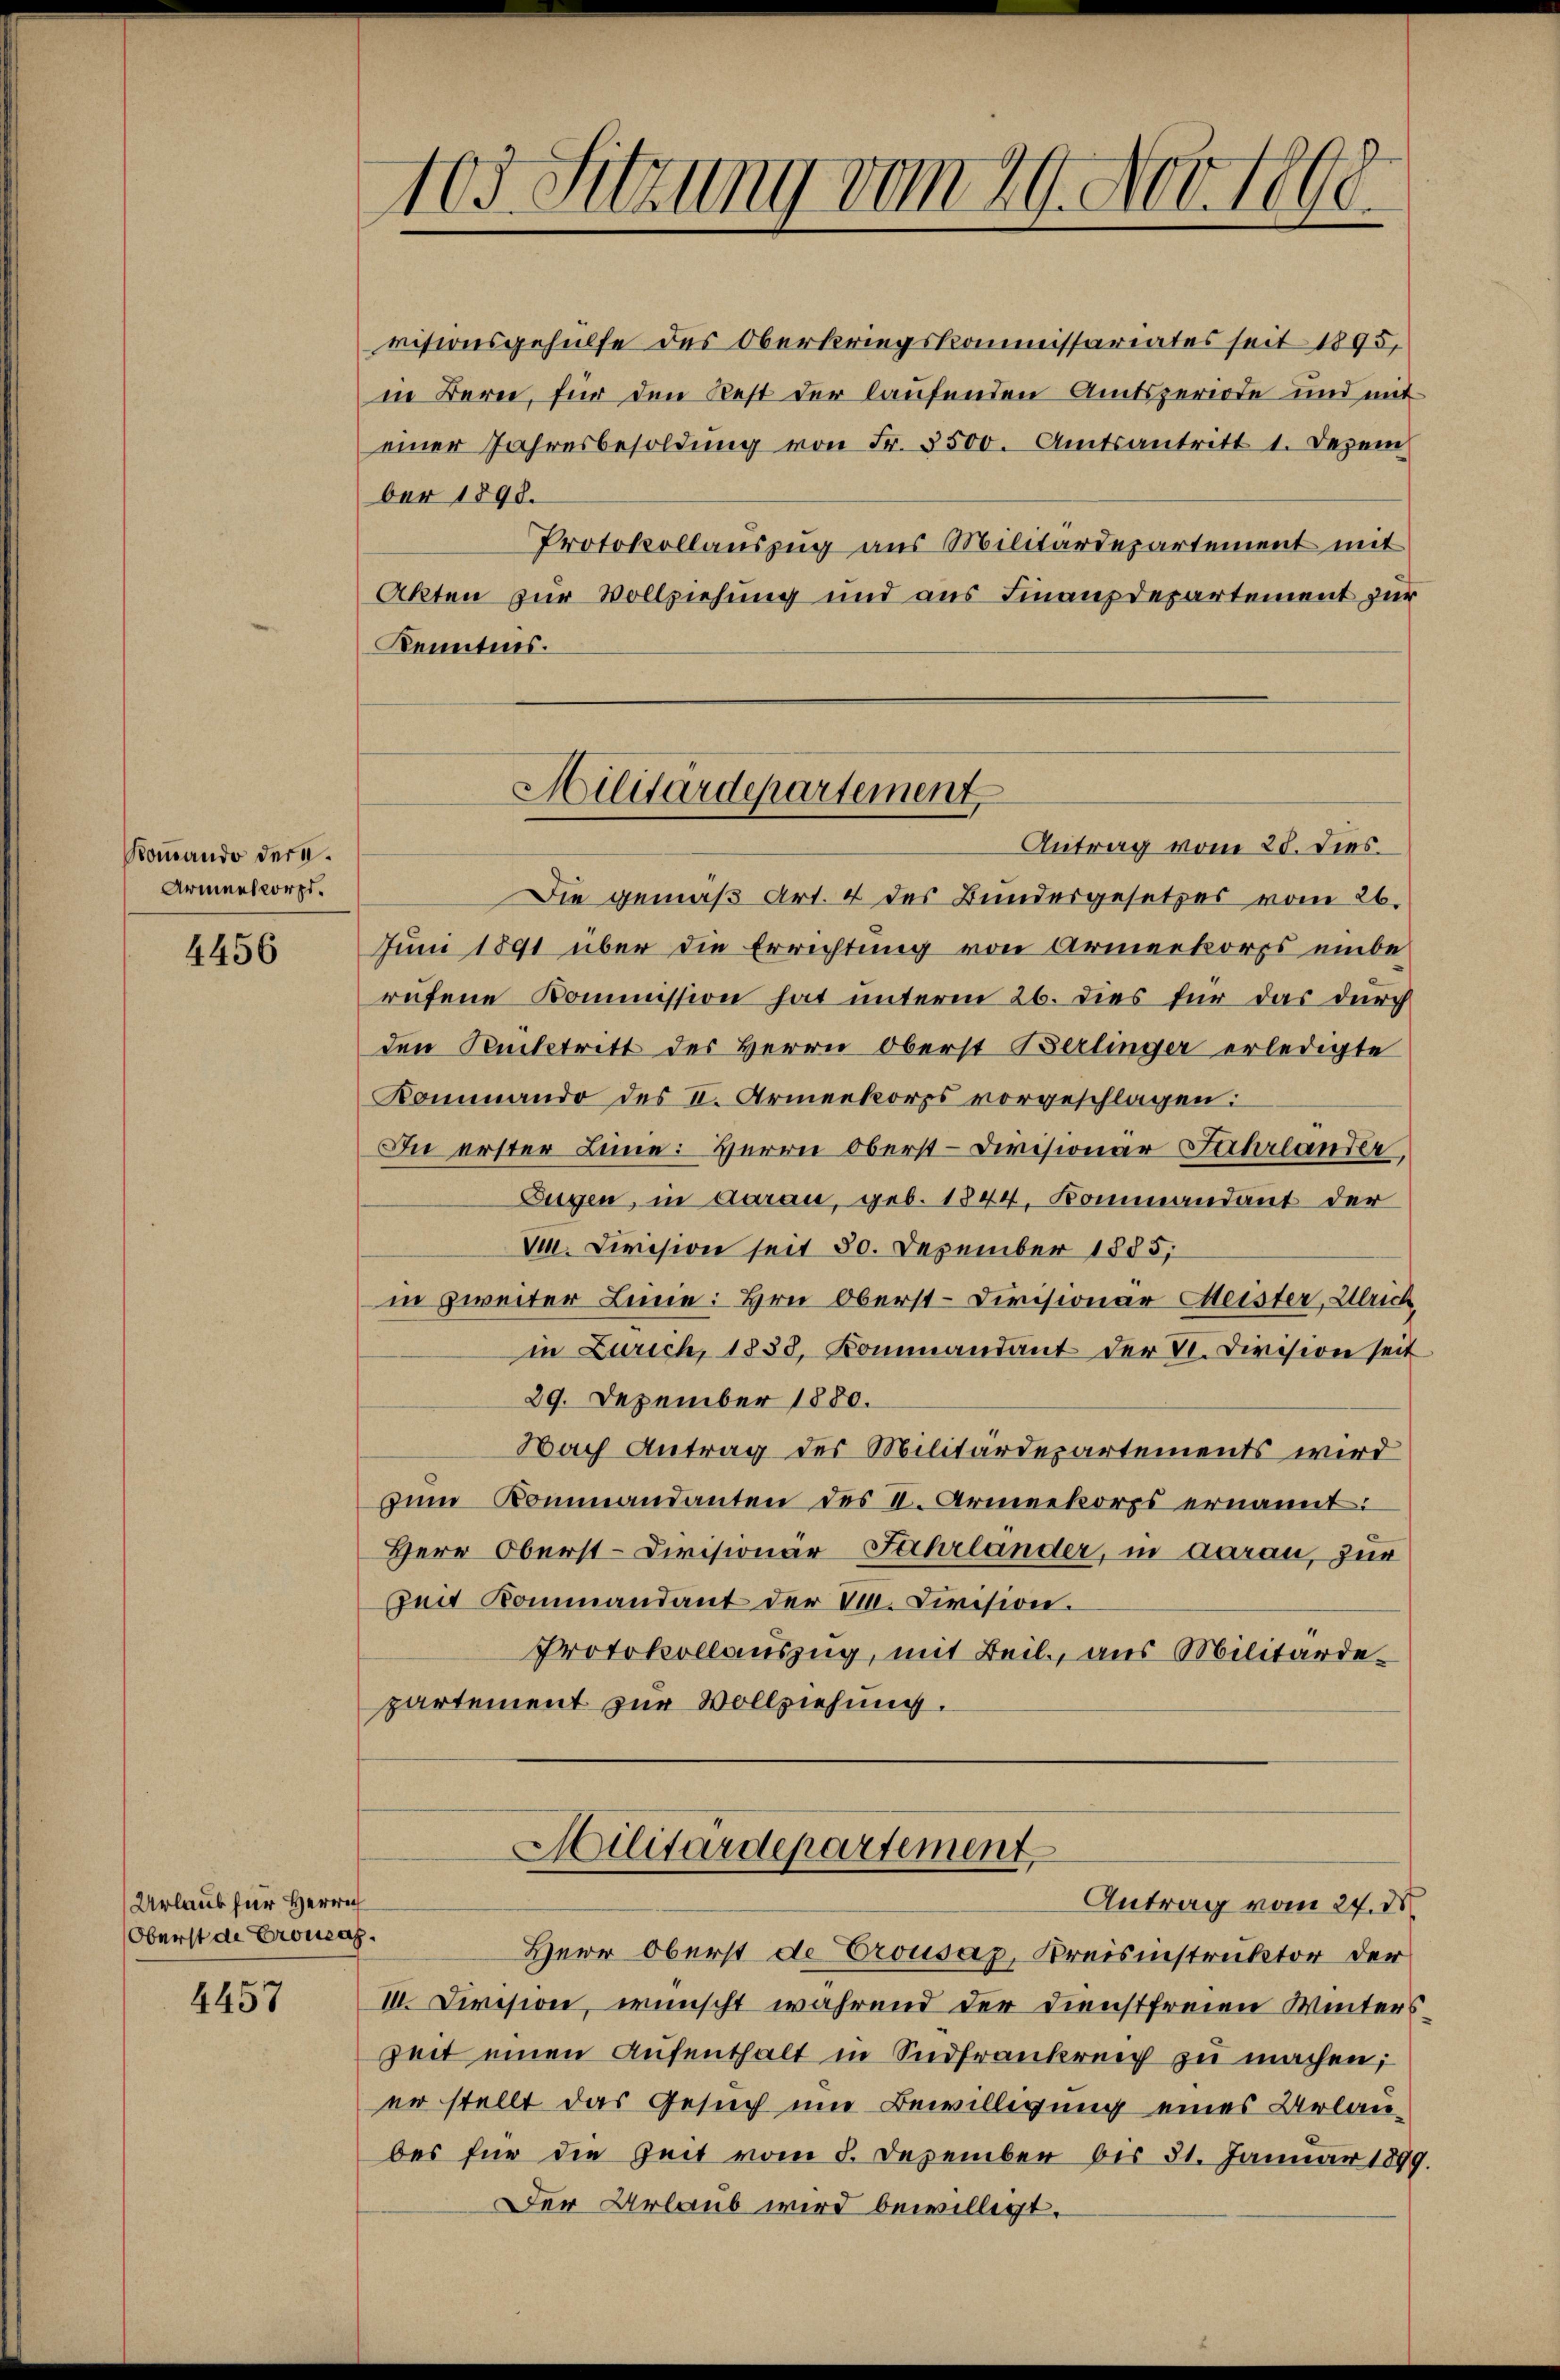
Kommando dere.
Armeesorgt.

4456

visionsgehülfe des Oberkriegskommissariates seit 1895,
in Bern, für den Rest der laufenden Amtsperiode und mit
einer Jahresbesoldung von Fr. 3500. Amtsantritt 1. Dezem
ber 1890.
Protokollauszug aus Militärdepartement mit
Akten zur Vollziehung und aus Finanzdepartement zur
Kenntnis.

Die gemäß Art. 4 des Bundesgesetzes vom 26.
Juni 1891 über die Errichtung von Armeekorps einberufene Kommission hat unterm 26. dies für das durch
den Seitetritt des Herrn Oberst Berlinger erledigte
Kommando des II. Armeekorps vorgeschlagen:
In erster Linie: Herrn Oberst-Divisionar Jahrlander,
Eugen, in darau, geb. 1844, Kommandant der
vm. Civision seit 30. Dezember 1885,
in zweiter Linie: Hrn. Oberst-Civisionar Meister, Ulrich,
in Zürich, 1838, Kommandant der V. Division seit
29. Dezember 1880.
Nach Antrag des Militärdepartements wird
zŭm Kommandanten des II. Armeekorps ernannt:
Herr Oberst-Divisionär Fahrländer, in darau, zur
Der Kommandant der 10. Civision.
Protokollauszug, mit Beil., aus Militärdepartement zur Vollziehung.

Urlaub zur Herrn
Oberst de Cronsah.

4457

103. Sitzung vom 29. Nov. 1890

Militärdepartement,
Antrag vom 28. dies.

Militärdepartement
Antrag vom 24. d.

Herr Oberst de Crousaz, Kreisinstruktor der
III. Division, wünscht während der Dienstfreien Winterszeit einen Aufenthalt in Südfrankreich zu machen;
er stellt das Gesuch und Bewilligung eines Urlaudes für die Zeit vom 8. Dezember bis 31. Januar 1899.
Der Urlaub wird bewilligt.